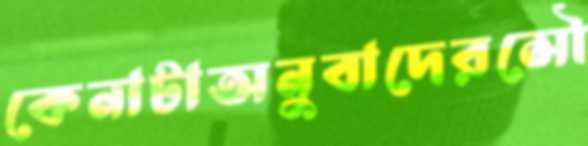
কেনাটাঅনুবাদেরসৌ